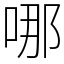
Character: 哪